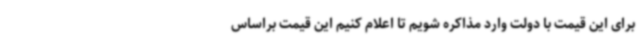
برای این قیمت با دولت وارد مذاکره شویم تا اعلام کنیم این قیمت براساس